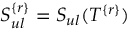
S _ { u l } ^ { \{ r \} } = S _ { u l } ( T ^ { \{ r \} } )